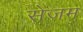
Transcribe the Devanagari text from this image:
सेजम